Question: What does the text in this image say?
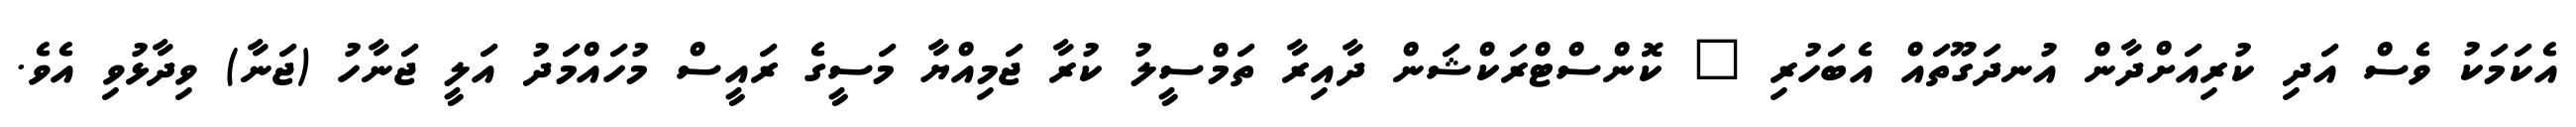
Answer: އެކަމަކު ވެސް އަދި ކުރިއަށްދާން އުނދަގޫތައް އެބަހުރި " ކޮންސްޓްރަކްޝަން ދާއިރާ ތަމްސީލު ކުރާ ޖަމިއްޔާ މަސީގެ ރައީސް މުހައްމަދު އަލީ ޖަނާހު (ޖަނާ) ވިދާޅުވި އެވެ.